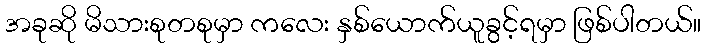
အခုဆို မိသားစုတစုမှာ ကလေး နှစ်ယောက်ယူခွင့်ရမှာ ဖြစ်ပါတယ်။